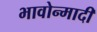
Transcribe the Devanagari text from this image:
भावोन्मादी